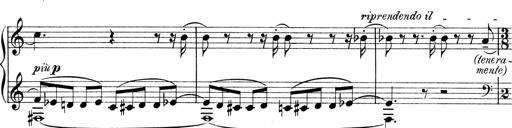
Title: Sonatina No.1
Composer: Otto Stoll
Key: C major